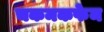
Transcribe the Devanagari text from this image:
चकमकफेम